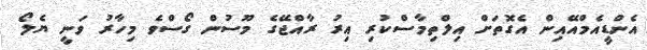
އެންޑީއެމްއޭއިން އެގޮތަށް އިލްތިމާސްކުރި އިރު ރާއްޖޭގެ މޫސުން ގޯސްވެ މިހާރު ވަނީ ޔެލޯ